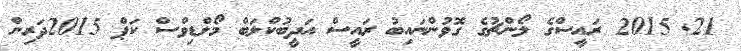
21